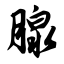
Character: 腺